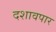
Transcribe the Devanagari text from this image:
दशावपार